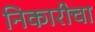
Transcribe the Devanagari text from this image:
निकारीचा